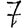
Digit: 7